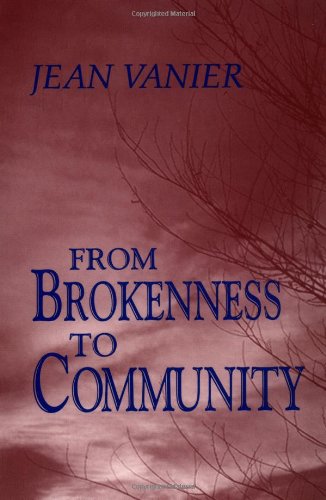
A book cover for From Brokenness to Community (Harold M. Wit Lectures); Jean Vanier; Christian Books & Bibles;